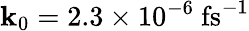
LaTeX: \mathbf{k}_{0}=2.3\times10^{-6}~\mathrm{{fs}}^{-1}